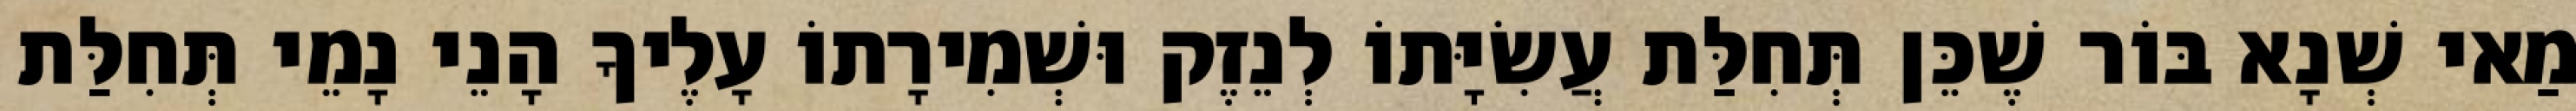
מַאי שְׁנָא בּוֹר שֶׁכֵּן תְּחִלַּת עֲשִׂיָּתוֹ לְנֵזֶק וּשְׁמִירָתוֹ עָלֶיךָ הָנֵי נָמֵי תְּחִלַּת